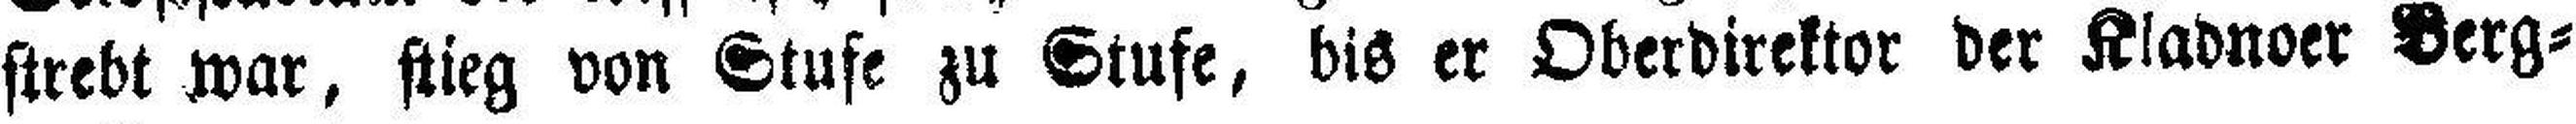
strebt war, stieg von Stufe zu Stufe, bis er Oberdirektor der Kladnoer Berg¬